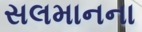
સલમાનના